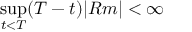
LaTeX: \operatorname* { s u p } _ { t < T } ( T - t ) | R m | < \infty